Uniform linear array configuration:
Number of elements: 12
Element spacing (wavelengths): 0.5
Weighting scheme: cosine
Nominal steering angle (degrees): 45
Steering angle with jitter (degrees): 43.04
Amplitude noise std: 0.05
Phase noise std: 0.05

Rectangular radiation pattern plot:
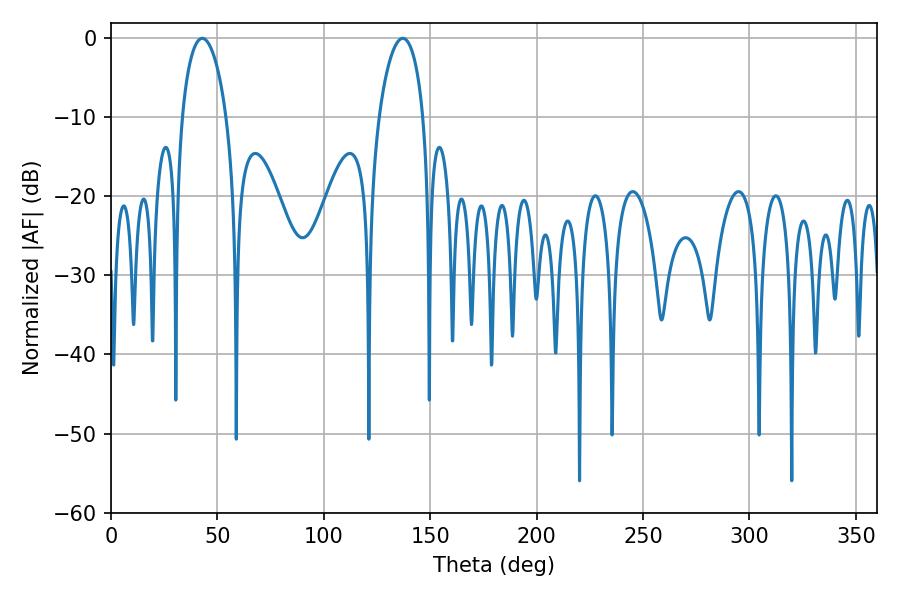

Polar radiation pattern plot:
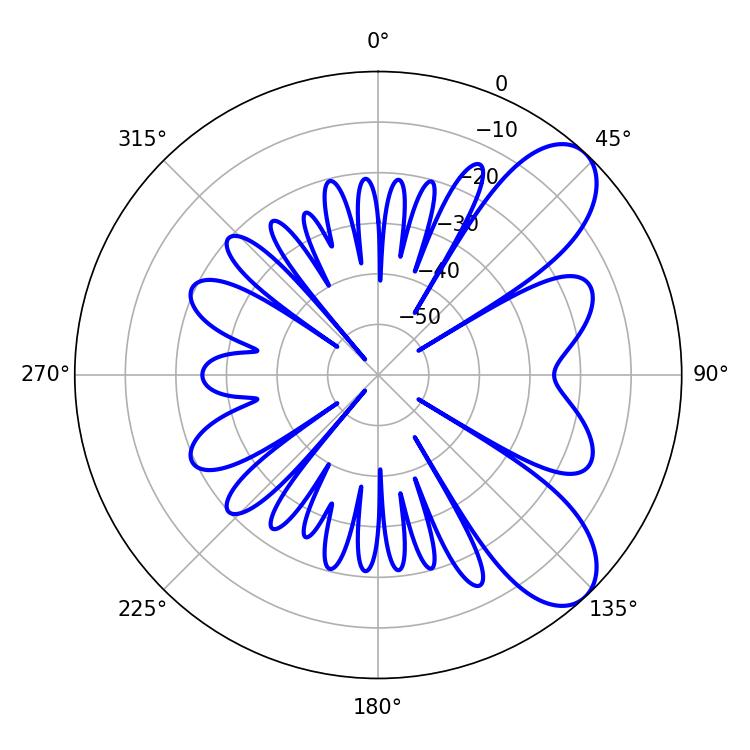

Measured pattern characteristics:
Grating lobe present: FALSE
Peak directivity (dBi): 8.124
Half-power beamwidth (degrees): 11.88
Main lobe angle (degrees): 42.84